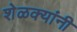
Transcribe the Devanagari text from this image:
शेळक्यांनी